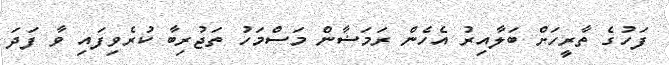
ފަހުގެ ތާރީހަށް ބަލާއިރު އެހެން ރަމަޟާން މަސްމަހު ތަޖުރިބާ ކުރެވިފައި ވާ ފަދަ